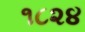
૧૮૨૪